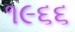
૧૯૬૬